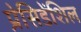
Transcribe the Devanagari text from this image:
प्रेसिडेंशिल